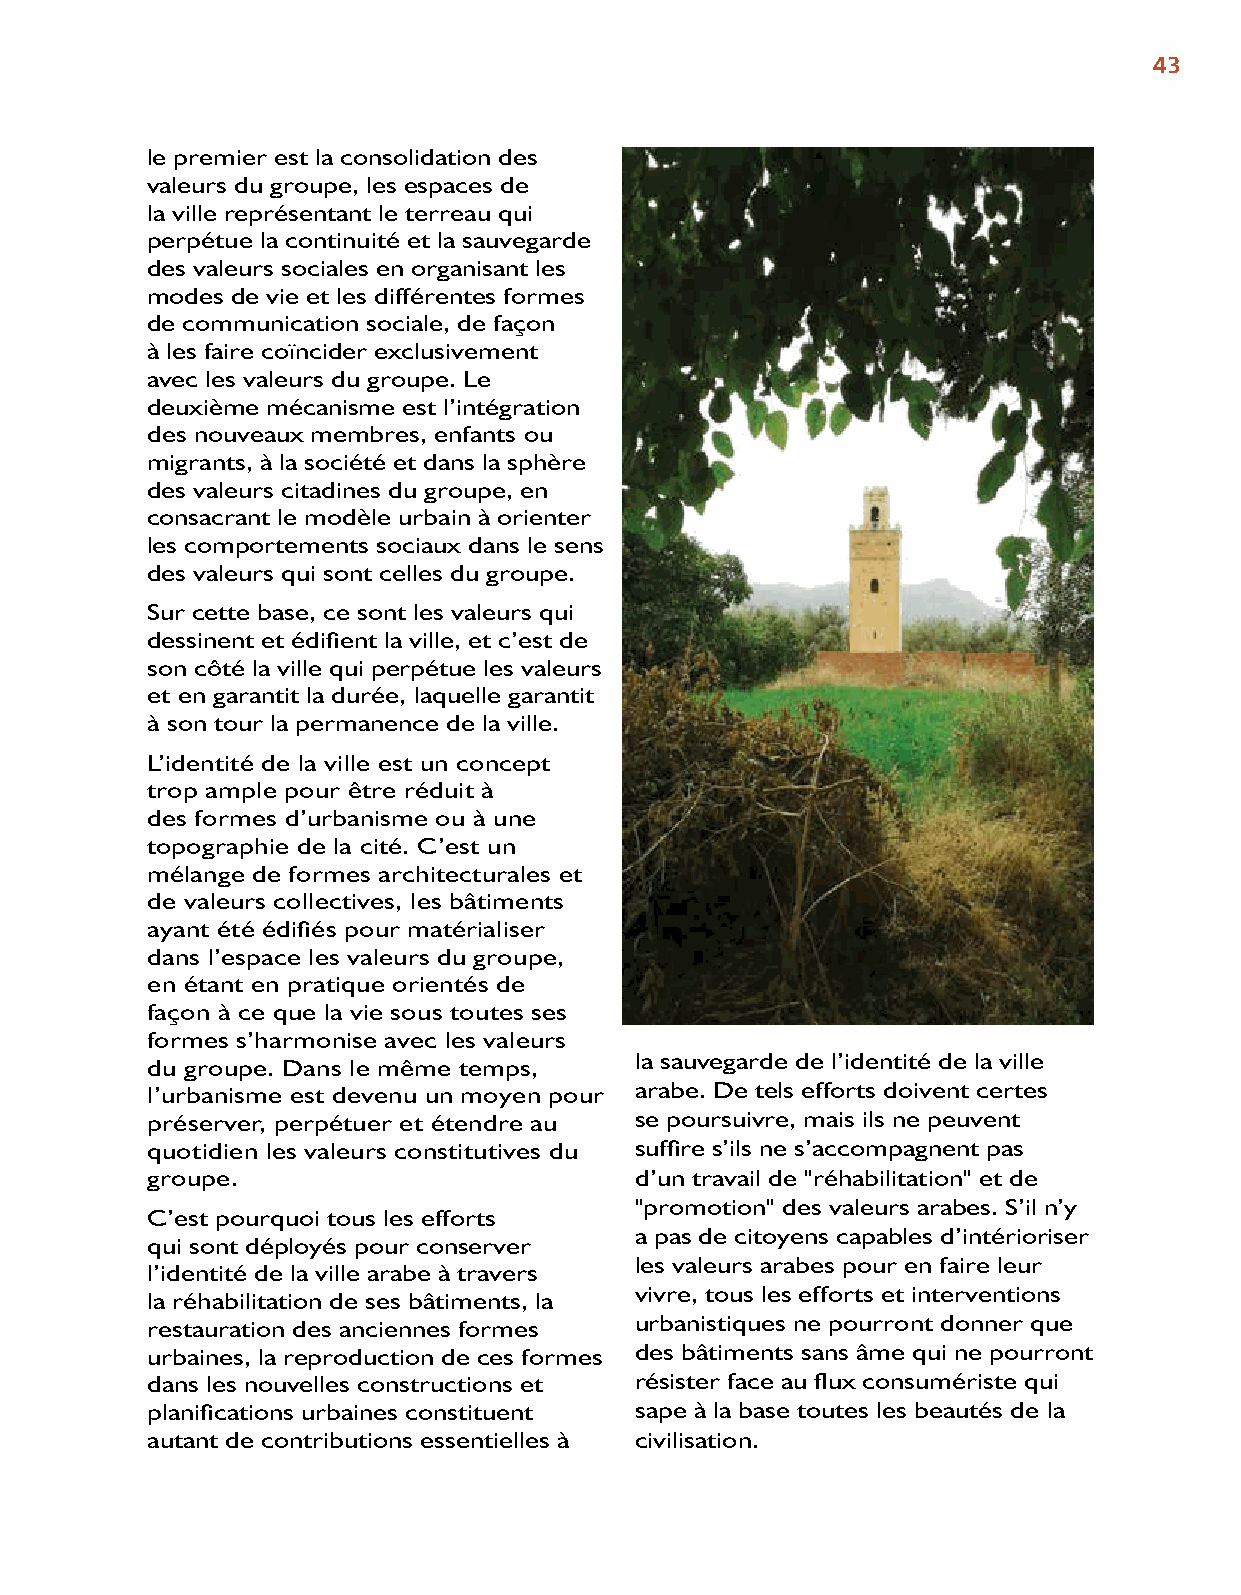
43
 le premier est la consolidation des
 valeurs du groupe, les espaces de
 la ville représentant le terreau qui
 perpétue la continuité et la sauvegarde
 des valeurs sociales en organisant les
 modes de vie et les différentes formes
 de communication sociale, de façon
 à les faire coïncider exclusivement
 avec les valeurs du groupe. Le
 deuxième mécanisme est l’intégration
 des nouveaux membres, enfants ou
 migrants, à la société et dans la sphère
 des valeurs citadines du groupe, en
 consacrant le modèle urbain à orienter
 les comportements sociaux dans le sens
 des valeurs qui sont celles du groupe.
 Sur cette base, ce sont les valeurs qui
 dessinent et édifient la ville, et c’est de
 son côté la ville qui perpétue les valeurs
 et en garantit la durée, laquelle garantit
 à son tour la permanence de la ville.
 L’identité de la ville est un concept
 trop ample pour être réduit à
 des formes d’urbanisme ou à une
 topographie de la cité. C’est un
 mélange de formes architecturales et
 de valeurs collectives, les bâtiments
 ayant été édifiés pour matérialiser
 dans l’espace les valeurs du groupe,
 en étant en pratique orientés de
 façon à ce que la vie sous toutes ses
 formes s’harmonise avec les valeurs
 la sauvegarde de l’identité de la ville
 du groupe. Dans le même temps,
 l’urbanisme est devenu un moyen pour arabe. De tels efforts doivent certes
 préserver, perpétuer et étendre au se poursuivre, mais ils ne peuvent
 quotidien les valeurs constitutives du suffire s’ils ne s’accompagnent pas
 groupe.                         d’un travail de "réhabilitation" et de
 "promotion" des valeurs arabes. S’il n’y
 C’est pourquoi tous les efforts
 a pas de citoyens capables d’intérioriser
 qui sont déployés pour conserver
 les valeurs arabes pour en faire leur
 l’identité de la ville arabe à travers
 vivre, tous les efforts et interventions
 la réhabilitation de ses bâtiments, la
 restauration des anciennes formes urbanistiques ne pourront donner que
 urbaines, la reproduction de ces formes des bâtiments sans âme qui ne pourront
 dans les nouvelles constructions et résister face au flux consumériste qui
 planifications urbaines constituent sape à la base toutes les beautés de la
 autant de contributions essentielles à civilisation.